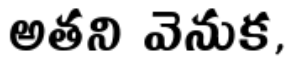
అతని వెనుక,